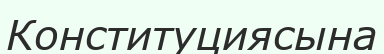
Конституциясына